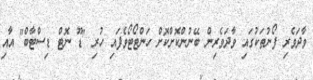
ވާދަވެރި ފޯނުތަކުގައި ވާދަވެރިން ބޭނުންކޮށްކޮށް ހަންޓޯޓޯވެފައި ހުރި "ޑޫ ނޮޓް ޑިސްޓާބް" އާއި